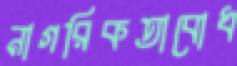
নাগরিকতাবোধ